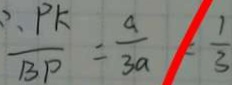
\frac { \therefore P K } { B P } = \frac { a } { 3 a } = \frac { 1 } { 3 }